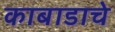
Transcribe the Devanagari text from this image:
काबाडाचे